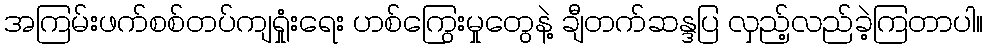
အကြမ်းဖက်စစ်တပ်ကျရှုံးရေး ဟစ်ကြွေးမှုတွေနဲ့ ချီတက်ဆန္ဒပြ လှည့်လည်ခဲ့ကြတာပါ။